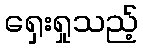
ရှေးရှုသည့်